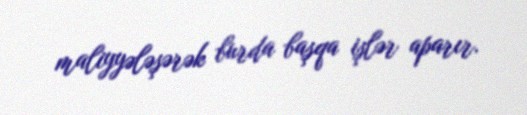
maliyyələşərək burda başqa işlər aparır.